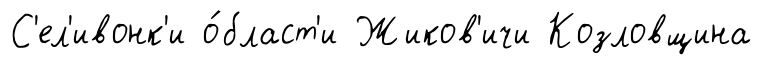
С'ел'ивонк'и о́бласт'и Жиков'ичи Козловщина